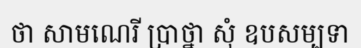
ថា សាមណេរី ប្រាថ្នា សុំ ឧបសម្បទា